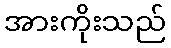
အားကိုးသည်